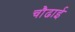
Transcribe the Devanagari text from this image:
चौढाई